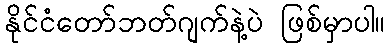
နိုင်ငံတော်ဘတ်ဂျက်နဲ့ပဲ ဖြစ်မှာပါ။